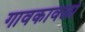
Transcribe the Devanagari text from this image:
गावकावळा